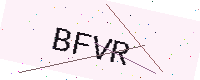
Text: BFVR